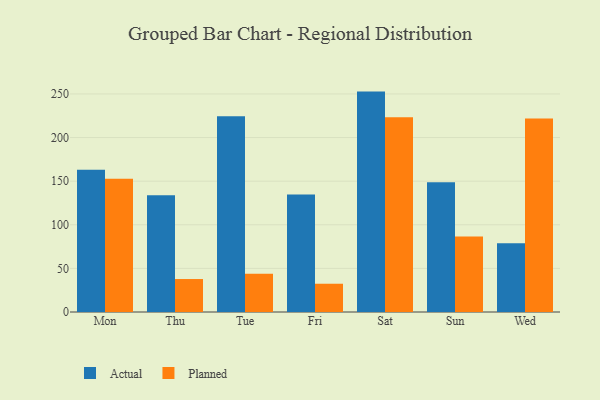
{"axis": {"x": "Day", "y": "Budget (USD K)"}, "legend": ["Actual", "Planned"], "data": [{"x": "Mon", "y": 163.2, "type": "Actual"}, {"x": "Mon", "y": 152.7, "type": "Planned"}, {"x": "Thu", "y": 133.8, "type": "Actual"}, {"x": "Thu", "y": 37.8, "type": "Planned"}, {"x": "Tue", "y": 224.3, "type": "Actual"}, {"x": "Tue", "y": 43.9, "type": "Planned"}, {"x": "Fri", "y": 134.8, "type": "Actual"}, {"x": "Fri", "y": 32.4, "type": "Planned"}, {"x": "Sat", "y": 252.7, "type": "Actual"}, {"x": "Sat", "y": 223.3, "type": "Planned"}, {"x": "Sun", "y": 148.7, "type": "Actual"}, {"x": "Sun", "y": 86.6, "type": "Planned"}, {"x": "Wed", "y": 78.8, "type": "Actual"}, {"x": "Wed", "y": 221.9, "type": "Planned"}]}